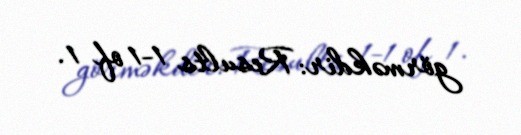
görməkdir: Results 1-1 of 1.